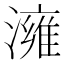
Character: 澭